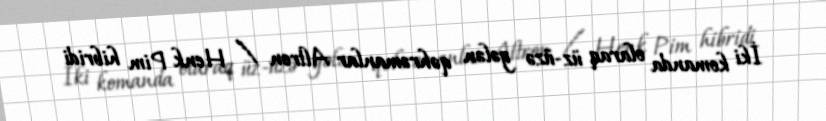
İki komanda olaraq üz-üzə gələn qəhrəmanlar Altron / Henk Pim hibridi